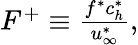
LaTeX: \begin{array}{r}{F^{+}\equiv\frac{f^{*}c_{h}^{*}}{u_{\infty}^{*}},}\end{array}